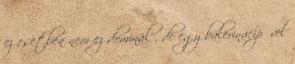
ez esetben nem ez dominál , de egy balerinacipővel